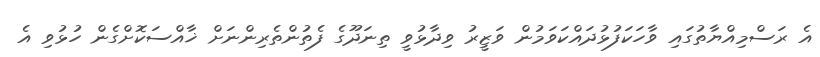
އެ ރަސްމިއްޔާތުގައި ވާހަކަފުޅުދައްކަވަމުން ވަޒީރު ވިދާޅުވީ ތިނަދޫގެ ފެތުންތެރިންނަށް ޚާއްސަކޮށްގެން ހުޅުވި އެ